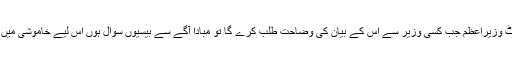
ایسا منہ پھٹ وزیراعظم جب کسی وزیر سے اس کے بیان کی وضاحت طلب کرے گا تو مبادا آگے سے بیسیوں سوال ہوں اس لیے خاموشی میں عافیت ہے۔